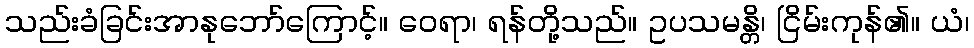
သည်းခံခြင်းအာနုဘော်ကြောင့်။ ဝေရာ၊ ရန်တို့သည်။ ဥပသမန္တိ၊ ငြိမ်းကုန်၏။ ယံ၊